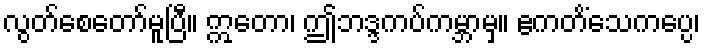
လွတ်စေတော်မူပြီ။ ဣတော၊ ဤဘဒ္ဒကပ်ကမ္ဘာမှ။ ဧကတိံသေကပ္ပေ၊